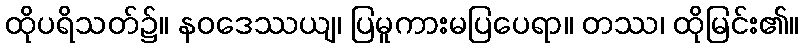
ထိုပရိသတ်၌။ နဝဒေဿယျ၊ ပြမူကားမပြပေရာ။ တဿ၊ ထိုမြင်း၏။